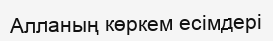
Алланың көркем есімдері